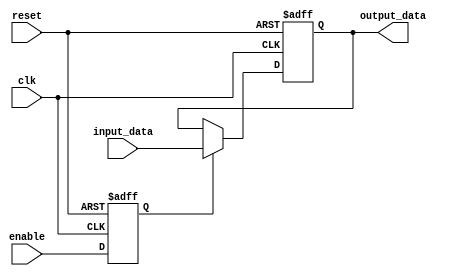
module Disable (
    input wire clk,             // Clock signal
    input wire reset,           // Asynchronous reset signal
    input wire enable,          // Control signal to enable/disable the block
    input wire [7:0] input_data, // Example input data
    output reg [7:0] output_data // Output data based on internal state
);

    // Internal state variable to track if the block is enabled or disabled
    reg is_enabled;

    always @(posedge clk or posedge reset) begin
        if (reset) begin
            is_enabled <= 1'b0; // Reset state to disabled
            output_data <= 8'b0; // Reset output data
        end else begin
            // Update internal state based on the control signal
            is_enabled <= enable;

            // Conditional behavior based on the internal state
            if (is_enabled) begin
                // When enabled, propagate input data to output
                output_data <= input_data;
            end else begin
                // When disabled, hold the last valid output or set to predefined state
                // Here we choose to hold the last valid state
                // output_data retains its last value
                // Alternatively, you could use:
                // output_data <= 8'b0; // to drive output to low
            end
        end
    end

endmodule